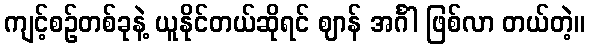
ကျင့်စဉ်တစ်ခုနဲ့ ယူနိုင်တယ်ဆိုရင် ဈာန် အင်္ဂါ ဖြစ်လာ တယ်တဲ့။